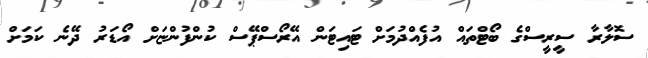
ސޮލާރާ ސީރީސްގެ ބޯޓްތައް އުފެއްދުމަށް ޓައިޓަން އޭރޯސްޕޭސް ކުންފުންޏަށް އޯޑަރު ދޭނެ ކަމަށް